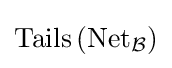
\operatorname {Tails} \left(\operatorname {Net} _{\mathcal {B}}\right)